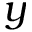
y